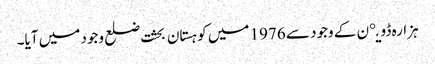
ہزارہ ڈویږن کے وجود سے 1976 میں کوہستان بحثت ضلع وجود میں آیا۔